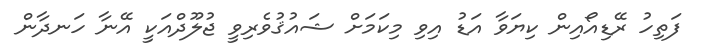
ފަތިހު ރޭޑިއޯއިން ކިޔަވާ އަޑު އިވި މިކަމަށް ޝައުޤުވެރިވީ ޖުލޫދްއަކީ އޭނާ ހަނދާން